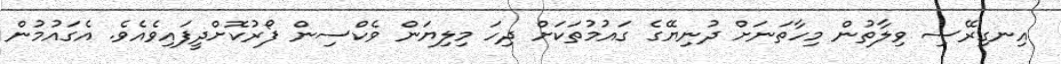
އިނގިރޭސި ވިލާތުން މިހާތަނަށް ދުނިޔޭގެ ގައުމުތަކަށް ދިހަ މިލިޔަން ވެކްސިން ފޯރުކޮށްދީފައިވެއެވެ. އެގައުމުން